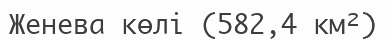
Женева көлі (582,4 км²)